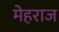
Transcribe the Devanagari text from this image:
मेहराज